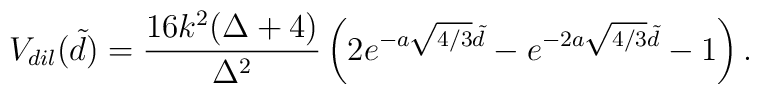
V_{dil}(\tilde d)=  \frac{16k^2(\Delta  +4)}{\Delta^2}\left (2e^{-a \sqrt{4/3} \tilde d} -  e^{-2a \sqrt{4/3} \tilde d} - 1\right ).